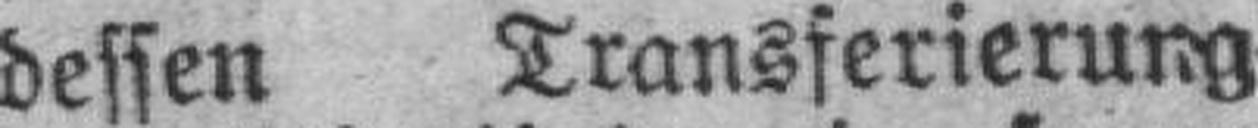
dessen Transferierung